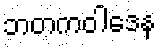
ဘတကဝါဒေန